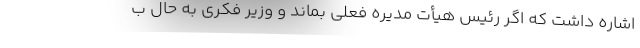
اشاره داشت که اگر رئیس هیأت مدیره فعلی بماند و وزیر فکری به حال ب